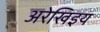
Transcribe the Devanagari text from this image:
अरेखिइय